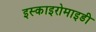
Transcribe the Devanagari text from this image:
इस्काइरोमाइडी